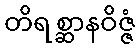
တိရစ္ဆာနဝိဇ္ဇံ